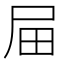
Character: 屇